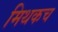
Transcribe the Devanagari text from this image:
मिथकच